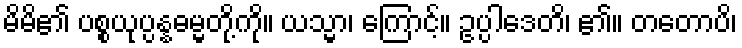
မိမိ၏ ပစ္စယုပ္ပန္နဓမ္မတို့ကို။ ယသ္မာ၊ ကြောင့်။ ဥပ္ပါဒေတိ၊ ၏။ တတောပိ၊